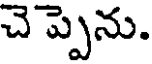
చె ప్పెను.